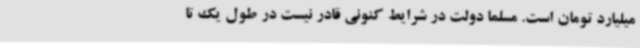
میلیارد تومان است. مسلما دولت در شرایط کنونی قادر نیست در طول یک تا